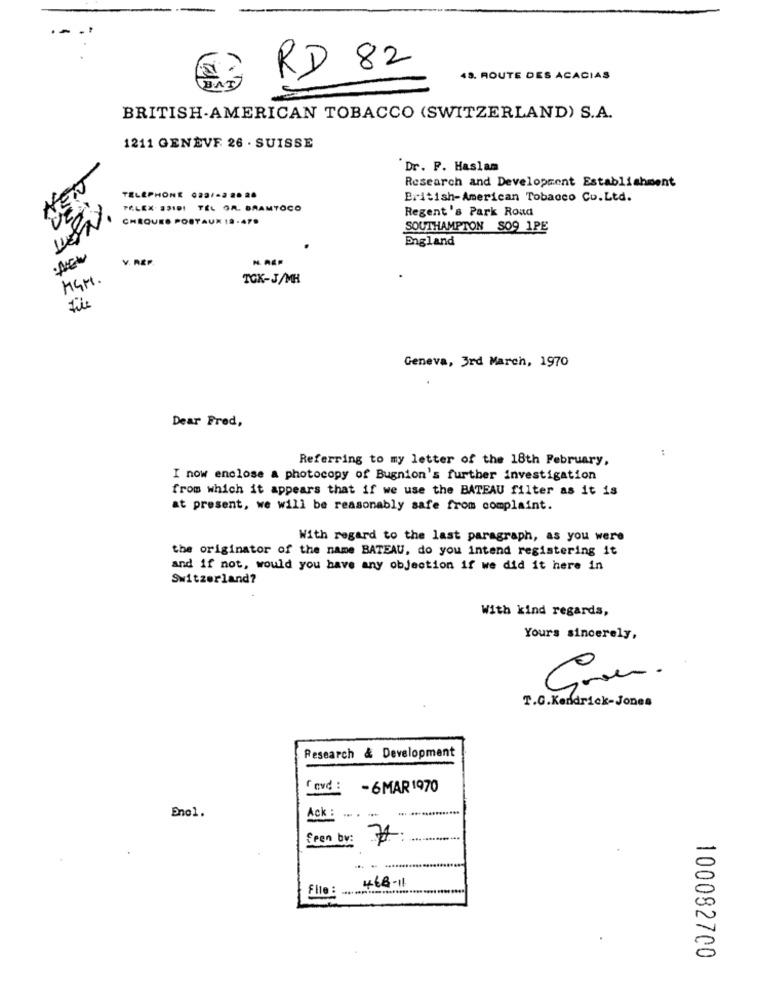
-
RD 82
48. ROUTE DES ACACIAS
BRITISH-AMERICAN TOBACCO (SWITZERLAND) S.A.
1211 GENÈVE 26 · SUISSE
Dr. P. Haslam
Research and Development Establishment
TELEPHONE 0221-2 8828
British-American Tobacco Co.Ltd.
WEN.
PALEX- 231DI TEL OR. BRAMTOCO
Regent's Park Roud
CHEQUES POSTAUK 18 - 47.
SOUTHAMPTON S09 1PE
England
V. ABF.
MSM.
TOK-J/MH
Geneva, 3rd March, 1970
Dear Fred,
:
Referring to my letter of the 18th February,
I now enclose a photocopy of Bugnion's further investigation
from which it appears that if we use the BATEAU filter as it is
at present, we will be reasonably safe from complaint.
With regard to the last paragraph, as you were
the originator of the name BATEAU, do you intend registering it
and if not, would you have any objection if we did it here in
Switzerland?
With kind regards,
Yours sincerely,
T.G.Kendrick-Jones
Research & Development
-6MAR 1970
Eno1.
Ack : ..
feen by:
-
468-11
File : ..............................
3
100082700